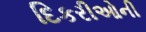
દિકરીઓની